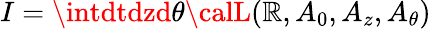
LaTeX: I=\intdtdzd\theta{\calL}(\mathbb{R},A_{0},A_{z},A_{\theta})